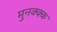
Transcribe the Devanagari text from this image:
मुनक्क्क